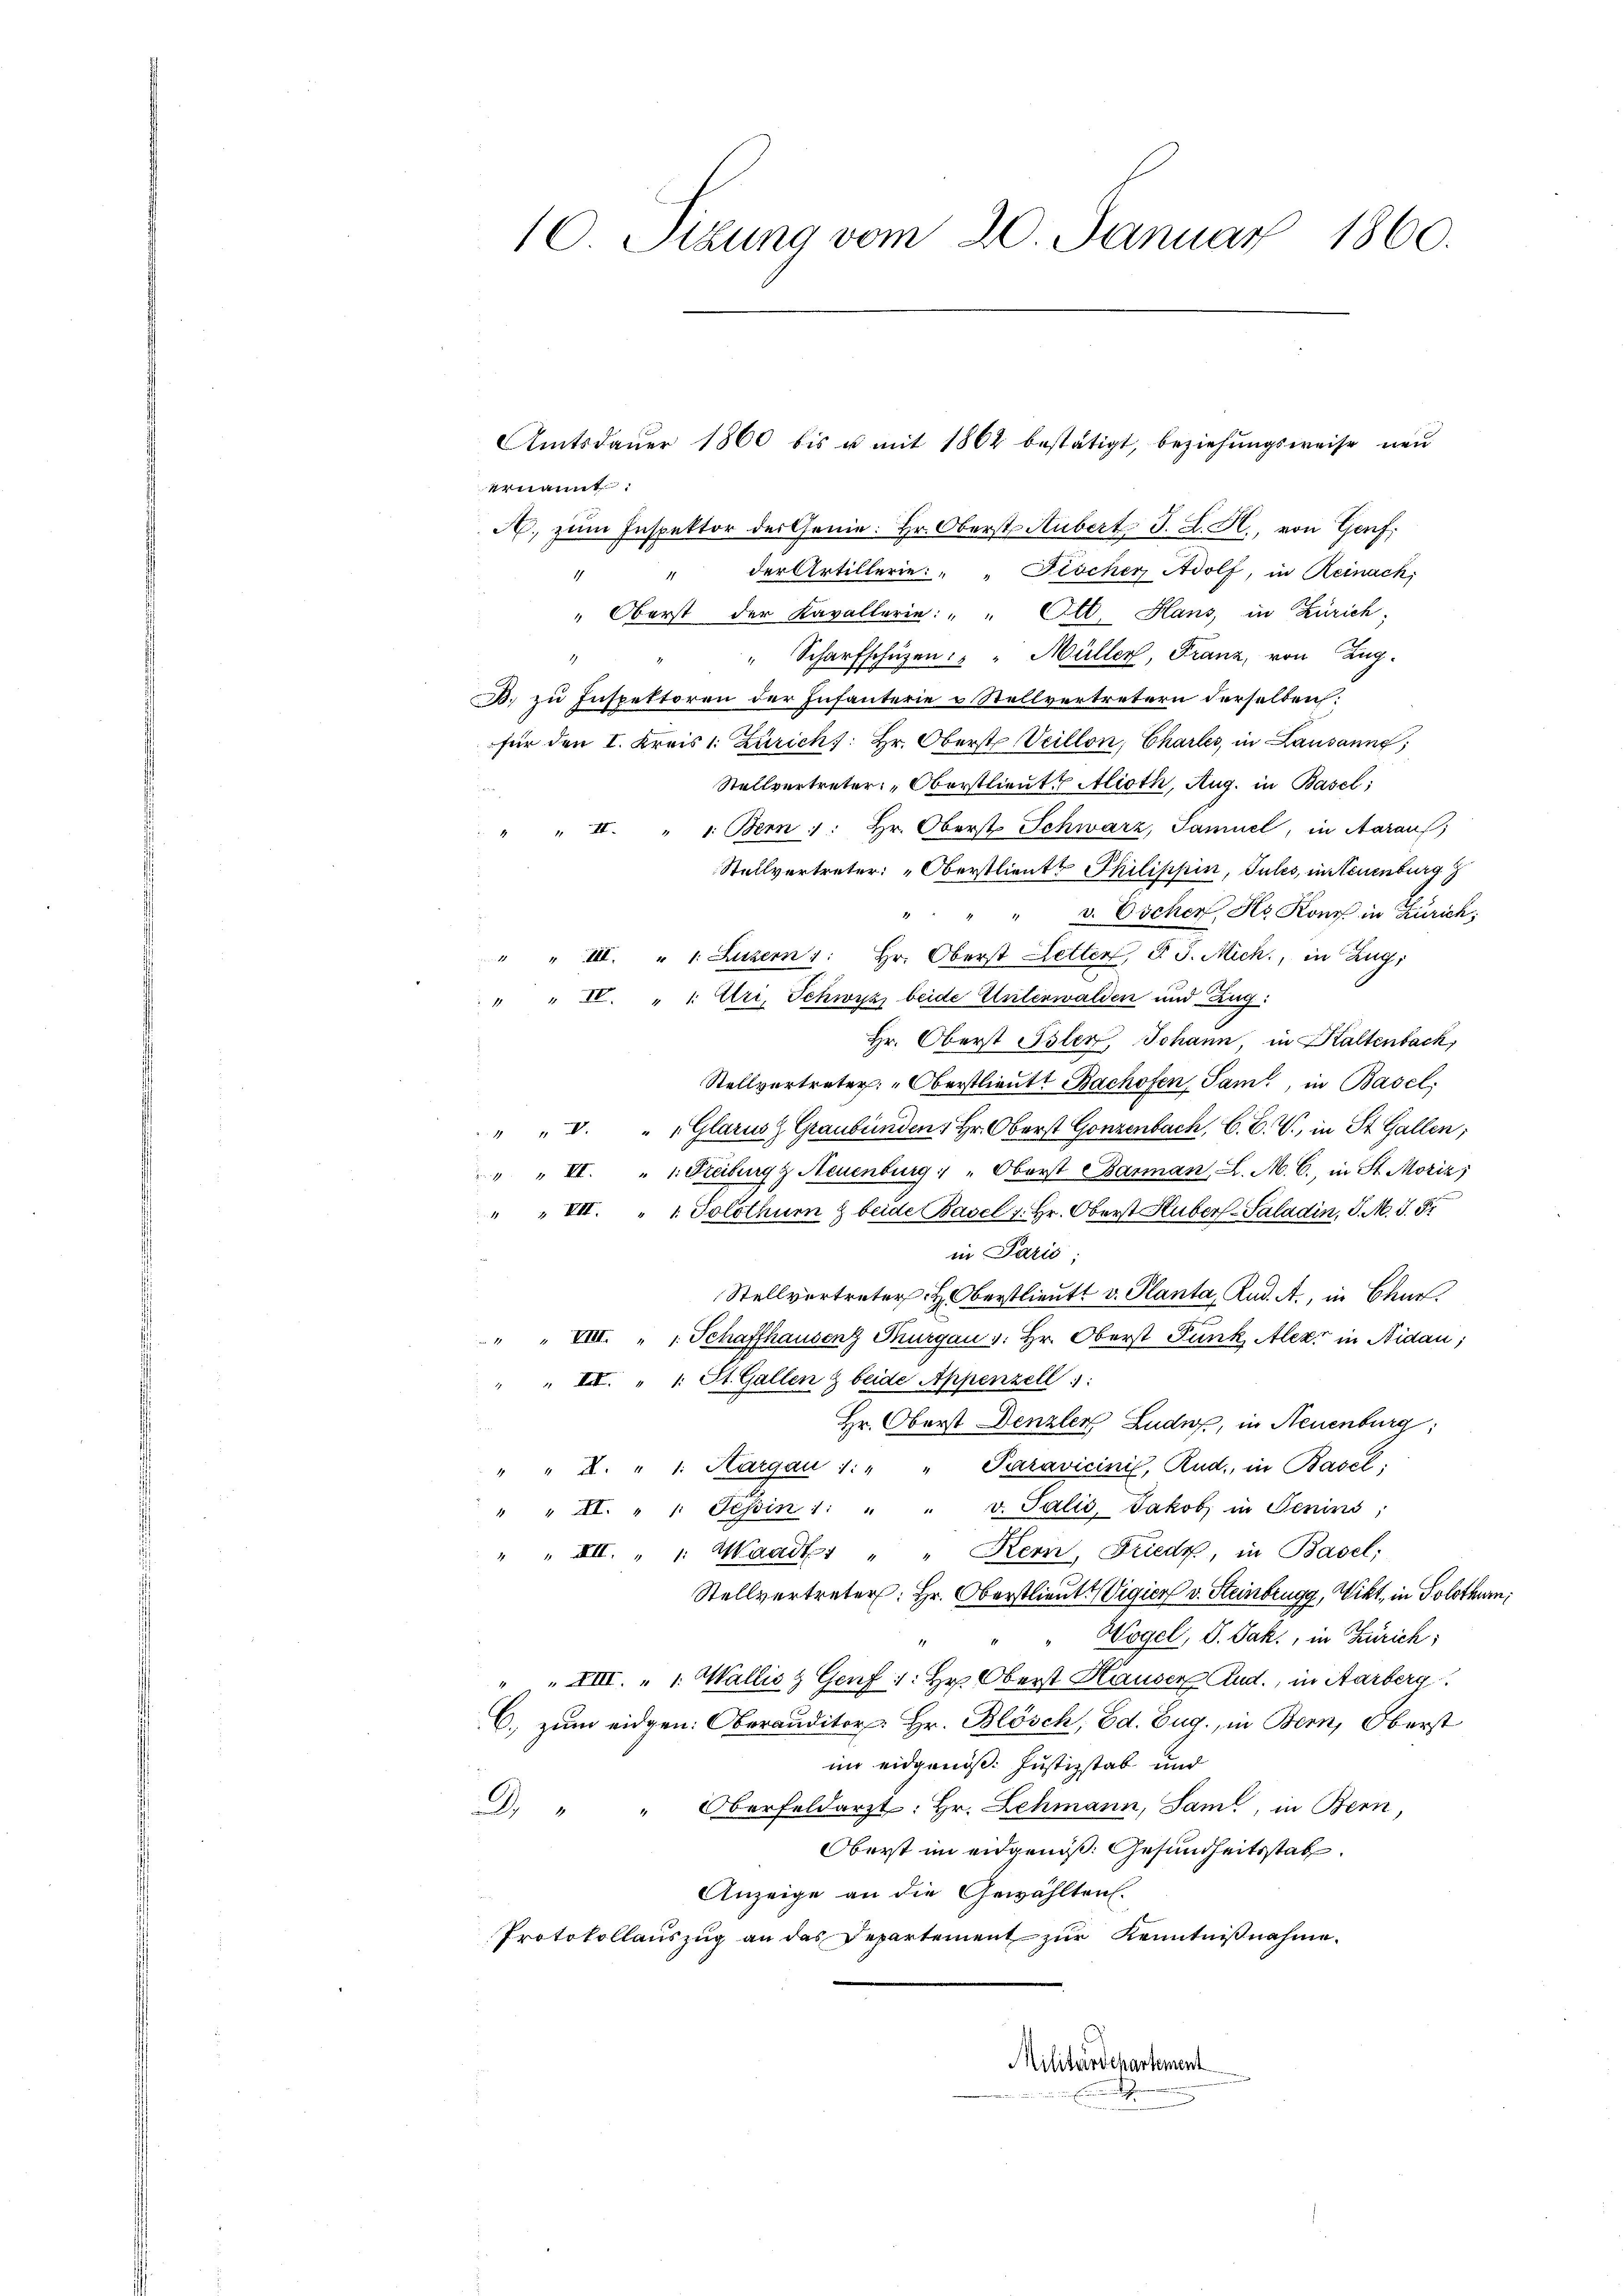
10. Sizung vom 20. Januar 1860.

ernannt:
A. zum Inspektor der Genie: Hr. Oberst Hubert. J. L. H., von Genf,
" " der Artillerie: " " Fischer Adolf, in Reinach;
" Oberst der Kavallerie: " " Ott. Hans, in Zürich,
" Scharfschüzen: " Müller, Franz, von Lug
1
B. zu Inspektoren der Infanterie & Stellvertretern derselben:
für den I. Kreis 1. Zürich, Hr. Oberst Veillon, Chartes, in Lausanne
Stellvertreter: Oberstlieute Alioth, Aug. in Basel;
: Bern : : Hr. Oberst Schwarz, Samuel, in Aarauf,
4
Stellvertreter: Oberstlieutt Philisipin, Tules, in Neuenburg
" " " v. Escher, Hr. Kono in Zürich;
" " III. " 1. Luzern 1: Hr. Oberst Letten, d. J. Mich., in Zug,
" IV. " 1: Uri, Schwyzz beide Unterwalden und Zug:
Hr. Oberst Isler, Johann, in Kaltenbach,
Stellvertreter: "Oberstlieutt Bachofen, Sam., in Basel;
" " " " Glarus z Graubünden, Hr. Oberst Gonzenbach, C. C. V., in St. Gallen;
"" III. " 1. Freiburg z. Neuenburg: " Oberst Barman, L. M. C., in St. Moriz
" " VII. " 1. Solothur & beide Basel 1. Hr. Oberst Huber-Saladin, S. M. 5. Fr
in Paris;
Stellvertreter: H. Oberstlieutt v. Planta, Rud. A., in Chur
 " " VIII. " " Schaffhausenz Thurgau v: Hr. Oberst Funk Alexr in Nidau;
" III. " 1: St. Gallen & beide Appenzell ::
Hr. Oberst Denzler Ludus, in Neuenburg,
" " A. " 1. Margau 1: " " Paravicini, Rud., in Basel:
" " XI. " " Tessin 1: " " v. Talić, Jakob in Jenins;
" " XII. " " Waadt, " " Kern, Friedt, in Basel;
Stellvertreter: Hr. Oberstlieut. Vigier v. Steinbrugg, Vikt, in Solothurn,
" " Wogel, S. Jak., in Zürich;
 XIII. „ 1. Wallis & Genf 1: Hr. Oberst Hauser And., in Aarberg.
C. zum eidgen: Oberauditor Hr. Blösch, Ed. Zug., in Bern, Oberst
im eidgenöß: Justizstab und
" Oberfeldarzt: Hr. Lehmann, Sam, in Bern
D
Oberst im eidgenoß. Gesundheitsstat
Anzeige an die Gewählten.
Protokollauszug an das Departement zur Kenntnißnahme.
Militärdepartement
i

Amtsdaŭer 1860 bis u. mit 1862 bestätigt, beziehŭngsweise neu